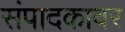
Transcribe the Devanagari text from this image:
संपादकावर